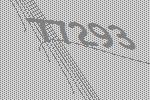
77293